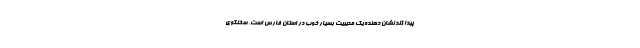
پیدا کند نشان دهنده یک مدیریت بسیار خوب در استان فارس است. سخنگوی